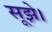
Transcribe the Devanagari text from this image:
सूझे।